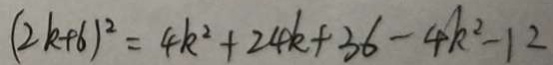
( 2 k + 6 ) ^ { 2 } = 4 k ^ { 2 } + 2 4 k + 3 6 - 4 k ^ { 2 } - 1 2